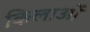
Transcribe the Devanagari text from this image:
किलाओं